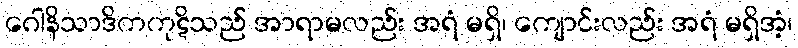
ဂေါနိသာဒိကကုဋိသည် အာရာမလည်း အရံ မရှိ၊ ကျောင်းလည်း အရံ မရှိအံ့၊